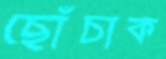
ছোঁচাক